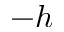
- h